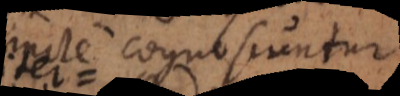
distincte cognoscuntur